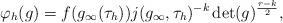
LaTeX: \begin{align*}\varphi_h (g) = f(g_\infty (\tau_h)) j(g_\infty,\tau_h)^{-k} \det(g)^{\frac{r-k}{2}},\end{align*}